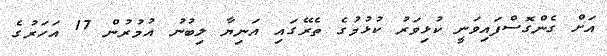
އަށް ގެންގޮސްފައިވަނީ ކުޅިވަރު ކުޅުމުގެ ތެރޭގައި އަނިޔާ ލިބުނު އުމުރުން 17 އަހަރުގެ